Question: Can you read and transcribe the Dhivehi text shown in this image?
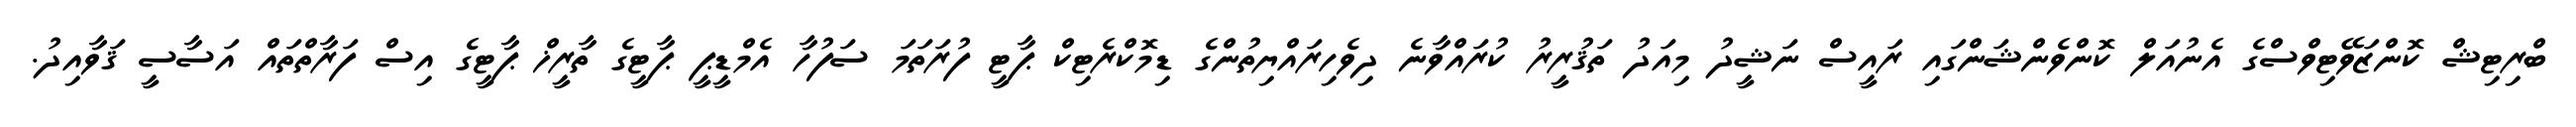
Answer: ބްރިޓިޝް ކޮންޒަވޭޓިވްސްގެ އެނުއަލް ކޮންވެންޝަންގައި ރައީސް ނަޝީދު މިއަދު ތަޤުރީރު ކުރައްވާނެ ދިވެހިރައްޔިތުންގެ ޑިމޮކްރެޓިކް ޕާޓީ ފުރަތަމަ ސަފުހާ އެމްޑީޕީ ޕާޓީގެ ތާރީޚް ޕާޓީގެ އިސް ފަރާތްތައް އަސާސީ ޤަވާއިދު.